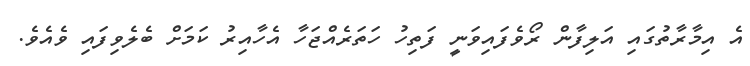
އެ އިމާރާތުގައި އަލިފާން ރޯވެފައިވަނީ ފަތިހު ހަތަރެއްޖަހާ އެހާއިރު ކަމަށް ބެލެވިފައި ވެއެވެ.